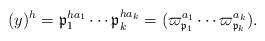
LaTeX: \begin{gather*}(y)^h = \mathfrak{p}_1^{h a_1} \cdots \mathfrak{p}_k^{h a_k}= (\varpi_{\mathfrak{p}_1}^{a_1} \cdots \varpi_{\mathfrak{p}_k}^{a_k}). \end{gather*}